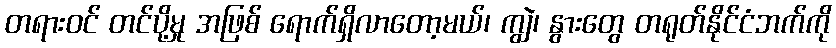
တရားဝင် တင်ပို့မှု အဖြစ် ရောက်ရှိလာတော့မယ်၊ ကျွဲ၊ နွားတွေ တရုတ်နိုင်ငံဘက်ကို